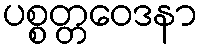
ပစ္စတ္တဝေဒနာ